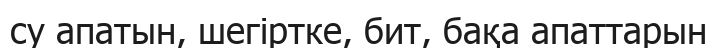
су апатын, шегіртке, бит, бақа апаттарын